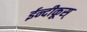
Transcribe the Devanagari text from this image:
ईन्दीकूस्